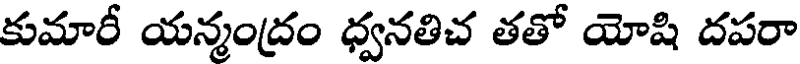
కుమారీ యన్మంద్రం ధ్వనతిచ తతో యోషి దపరా